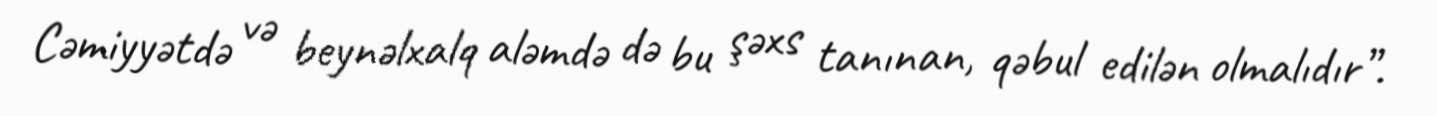
Cəmiyyətdə və beynəlxalq aləmdə də bu şəxs tanınan, qəbul edilən olmalıdır”.